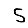
Digit: 5